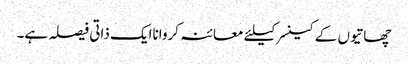
چھاتیوں کے کینسرکیلئے معائنہ کرواناایک ذاتی فیصلہ ہے۔